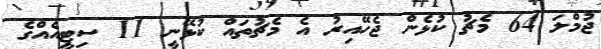
ޖުމްލަ 64 މެޗު ކުޅެން ޖެހޭއިރު އެ މެޗުތައް ކުޅޭނީ 11 ސިޓީއެއްގެ